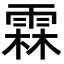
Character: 霖